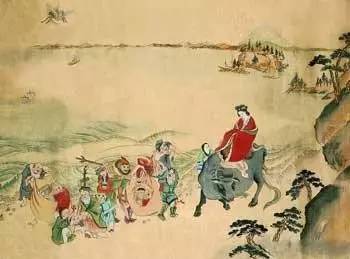
居上不宽，为礼不敬，临丧不哀。吾何以观之哉！